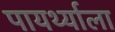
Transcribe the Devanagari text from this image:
पायर्थ्याला